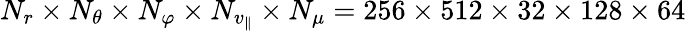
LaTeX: N_{r}\times N_{\theta}\times N_{\varphi}\times N_{v_{\parallel}}\times N_{\mu}=256\times 512\times 32\times 128\times 64